Triennial report on the lunatic asylums in the province of Eastern Bengal and Assam - 1903-1911
Year: 1903
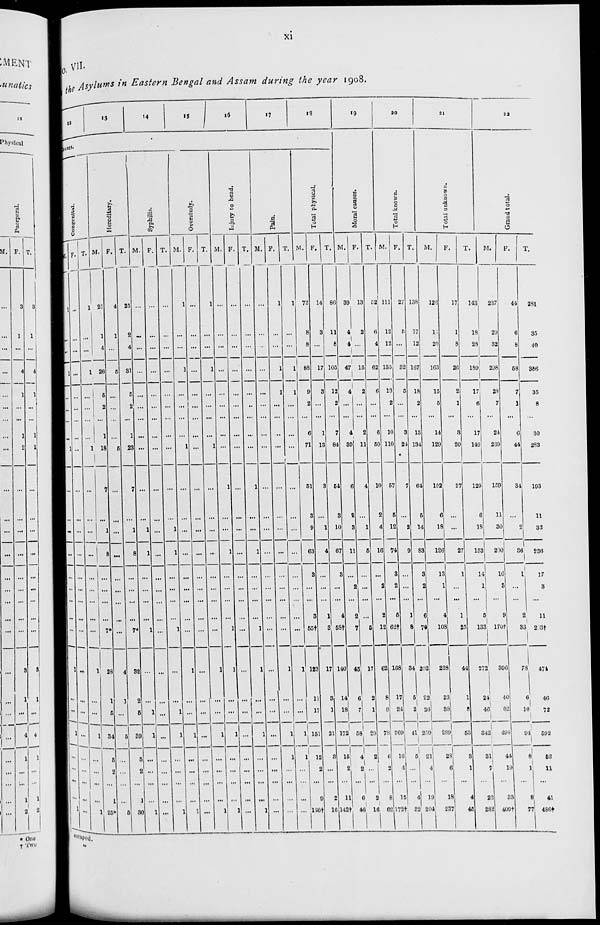
xi
No. VII.
the Asylums in Eastern Bengal and Assam during the year 1908.
12
13
14
15
16
17
18
Causes.
Congenital.
M.
1
...
...
1
...
...
...
1
...
...
...
...
...
...
...
...
...
1
...
...
1
...
...
...
1
F.
...
...
...
...
...
...
...
...
...
...
...
...
...
...
...
...
...
...
...
...
...
...
...
...
...
T.
1
...
...
1
...
...
...
1
...
...
...
...
...
...
...
...
...
1
...
...
1
...
...
...
1
Hereditary.
M.
21
1
4
26
5
2
1
18
7
...
1
8
...
...
...
...
7*
28
1
5
34
5
2
...
25*
F.
4
1
...
5
...
...
...
5
...
...
...
...
...
...
...
...
...
4
1
...
5
...
...
...
5
T.
25
2
4
31
5
2
1
23
7
...
1
8
...
...
...
...
7*
32
2
5
39
5
2
...
30
Syphilis.
M.
...
...
...
...
...
...
...
...
...
...
1
1
...
...
...
...
1
...
...
1
1
...
...
...
1
F.
...
...
...
...
...
...
...
...
...
...
...
...
...
...
...
...
...
...
...
...
...
...
...
...
...
T.
...
...
...
...
...
...
...
...
...
...
1
1
...
...
...
...
1
...
...
1
1
...
...
...
1
Overstudy.
M.
1
...
...
1
...
...
...
1
...
...
...
...
...
...
...
...
...
1
...
...
1
...
...
...
1
F.
...
...
...
...
...
...
...
...
...
...
...
...
...
...
...
...
...
...
...
...
...
...
...
...
...
T.
1
...
...
1
...
...
...
1
...
...
...
...
...
...
...
...
...
1
. . .
...
1
...
...
...
1
Injury to head.
M.
...
...
...
...
...
...
...
...
1
...
...
1
...
...
...
...
1
1
...
...
1
...
...
...
1
F.
...
...
...
...
...
...
...
...
...
...
...
...
...
...
...
...
...
...
...
...
...
...
...
...
...
T.
...
...
...
...
...
...
...
...
1
...
...
1
...
...
...
...
1
1
...
...
1
...
...
...
1
Pain.
M.
1
...
...
...
...
...
...
...
...
...
...
...
...
...
...
...
...
...
...
...
...
...
...
...
...
F.
...
...
...
1
1
...
...
...
...
...
...
...
...
...
...
...
...
1
...
...
1
1
...
...
...
T.
1
...
...
1
1
...
...
...
...
...
...
...
...
...
...
...
...
1
...
...
1
1
...
...
...
Total physical.
M.
72
8
8
88
9
2
6
71
51
3
9
63
3
...
...
3
55†
123
11
17
151
12
2
9
136†
F.
14
3
...
17
3
...
1
13
3
...
1
4
...
...
...
1
3
17
3
1
21
3
...
2
16
T.
86
11
8
105
12
2
7
84
54
3
10
67
3
...
...
4
58†
140
14
18
172
15
2
11
142†
19
Moral causes.
M.
39
4
4
47
4
...
4
39
6
2
3
11
...
2
...
2
7
45
6
7
58
4
2
6
46
F.
13
2
...
15
2
...
2
11
4
...
1
5
...
...
...
...
5
17
2
1
20
2
...
2
16
T.
52
6
4
62
6
...
6
50
10
2
4
16
...
2
...
2
12
62
8
8
78
6
2
8
62
20
Total known.
M.
111
12
12
135
13
2
10
110
57
5
12
74
3
2
...
5
62†
168
17
24
209
16
4
15
172†
F.
27
5
...
32
5
...
3
24
7
...
2
9
...
...
...
1
8
34
5
2
41
5
...
4
32
T.
138
17
12
167
18
2
13
134
64
5
14
83
3
2
...
6
70
202
22
26
250
21
4
19
204
21
Total unknown.
M.
126
17
20
163
15
5
14
129
102
6
18
126
13
1
...
4
108
228
23
38
289
28
6
18
237
F.
17
1
8
26
2
1
3
20
27
...
...
27
1
...
...
1
25
44
1
8
53
3
1
4
45
T.
143
18
28
189
17
6
17
149
129
6
18
153
14
1
...
5
133
272
24
46
342
31
7
22
282
22
Grand total.
M.
237
29
32
298
28
7
24
239
159
11
30
200
16
3
...
9
170†
396
40
62
498
44
10
33
409†
F.
44
6
8
58
7
1
6
44
34
...
2
36
1
...
...
2
33
78
6
10
94
8
1
8
77
T.
281
35
40
356
35
8
30
283
193
11
32
236
17
3
...
11
203†
474
46
72
592
52
11
41
486†
escaped.
„